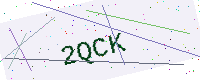
Text: 2QCK